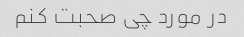
در مورد چی صحبت کنم